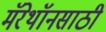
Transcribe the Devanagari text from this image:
मॅरेथॉनसाठी